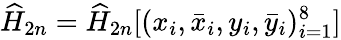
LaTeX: \widehat{H}_{2n}=\widehat{H}_{2n}[(x_{i},\bar{x}_{i},y_{i},\bar{y}_{i})_{i=1}^{8}]